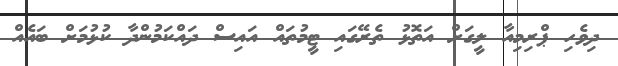
ދިވެހި ޕްރިމިއާ ލީގަށް އަތޮޅު ތެރޭގައި ޓީމުތައް އައިސް ދައްކަމުންދާ ކުޅުމަށް ބައެއް